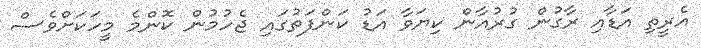
އެރީތި އަޑާއި ރާގުން ގުރުއާން ކިޔަވާ އަޑު ކަންފަތުގައި ޖެހުމުން ކޮންމެ މީހަކަށްވެސް